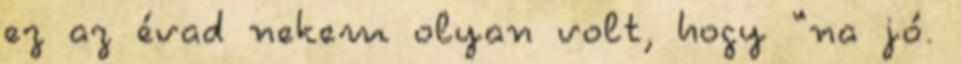
ez az évad nekem olyan volt, hogy “na jó.